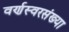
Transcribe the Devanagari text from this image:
वर्णस्वरसंख्या